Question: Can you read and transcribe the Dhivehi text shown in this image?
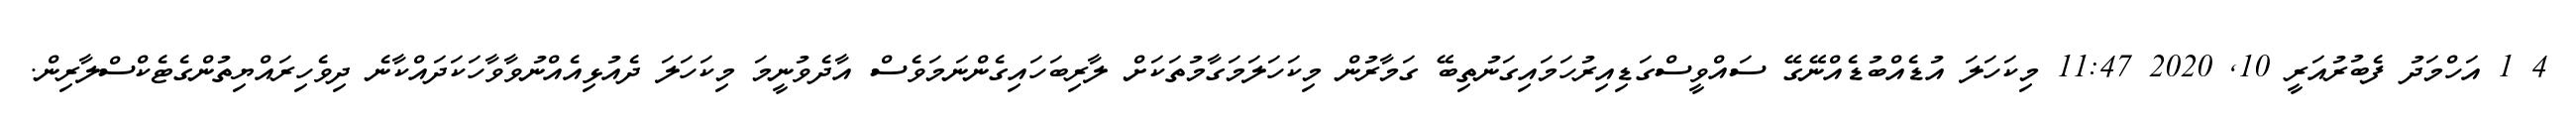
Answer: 4 1 އަހްމަދު ފެބުރުއަރީ 10, 2020 11:47 މިކަހަލަ އުޑެއްބުޑެއްނޭގޭ ސައްވީސްގަޑިއިރުހަމައިގަނުތިބޭ ގަމާރުން މިކަހަލަމަގާމުތަކަށް ލާރިބަހައިގެންނަމަވެސް އާދެވުނީމަ މިކަހަލަ ދެއުޅިއެއްނުވާވާހަކަދައްކާނެ ދިވެހިރައްޔިތުންގެޓެކްސްލާރިން.